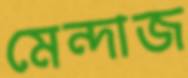
মেন্দাজ